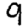
Digit: 9